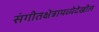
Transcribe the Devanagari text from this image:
संगीतक्षेत्रामध्येदेखील